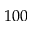
1 0 0